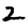
Digit: 2